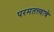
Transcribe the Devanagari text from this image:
परमतत्त्वाचे